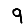
Digit: 9